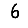
Digit: 6